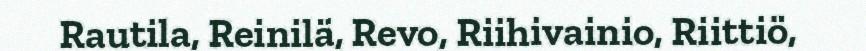
Rautila, Reinilä, Revo, Riihivainio, Riittiö,